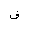
Letter: _fa